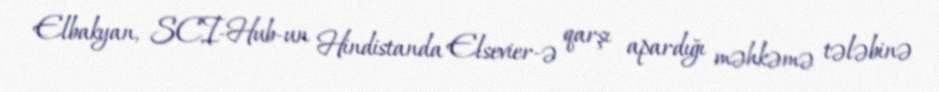
Elbakyan, SCI-Hub-un Hindistanda Elsevier-ə qarşı apardığı məhkəmə tələbinə